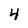
Character: 4